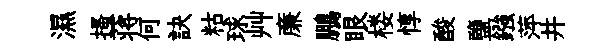
濕搔蒋何訣䊀球艸亷鵬眼楼惇酸鹽鏹萍井